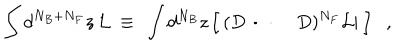
LaTeX: \int d ^ { N _ { B } + N _ { F } } z \, { \cal L } ~ \equiv ~ \int d ^ { N _ { B } } z \, \Big [ \, ( D \, \cdot \, \, \cdot \, \, \cdot \, D ) ^ { N _ { F } } { \cal L } | ~ \Big ] ,